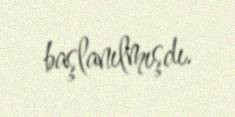
başlanılmışdı.